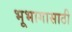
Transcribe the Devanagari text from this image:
भूभागासाठी